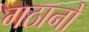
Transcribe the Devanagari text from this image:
गठानों